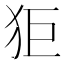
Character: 𤝙